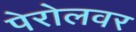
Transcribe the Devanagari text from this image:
पेरोलवर